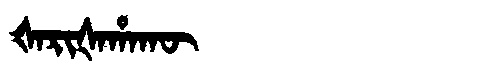
Manchu: ᡧᠠᡵᡳᡧᠠᡥᠠᡴᡡ
Romanization: ŠARIŠAHAKŪ